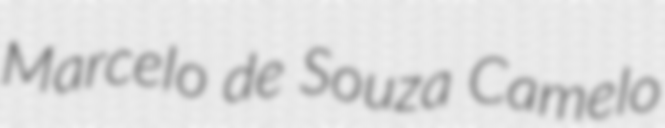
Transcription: Marcelo de Souza Camelo